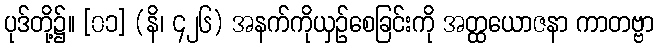
ပုဒ်တို့၌။ [၀၁] (နိ၊ ၄၂၆) အနက်ကိုယှဉ်စေခြင်းကို အတ္ထယောဇနာ ကာတဗ္ဗာ